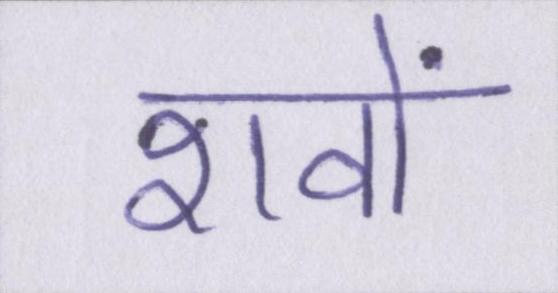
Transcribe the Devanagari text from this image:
शवों